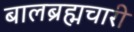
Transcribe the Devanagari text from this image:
बालब्रह्मचारी